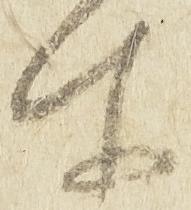
所